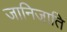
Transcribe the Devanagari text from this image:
जानिजाति